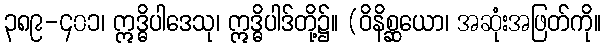
၃၈၉-၄၀၁၊ ဣဒ္ဓိပါဒေသု၊ ဣဒ္ဓိပါဒ်တို့၌။ (ဝိနိစ္ဆယော၊ အဆုံးအဖြတ်ကို။